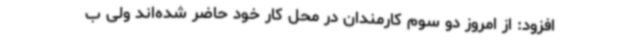
افزود: از امروز دو سوم کارمندان در محل کار خود حاضر شده‌اند ولی ب